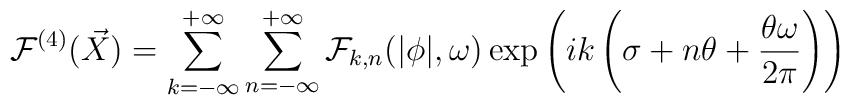
{\cal F}^{(4)}(\vec{X})=\sum_{k=-\infty}^{+\infty}\sum_{n=-\infty}^{+\infty} {\cal F}_{k,n}(|\phi|,\omega)\exp\left(ik \left(\sigma+n\theta+\frac{\theta\omega}{2\pi}\right)\right)